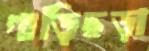
গাড়িছড়া